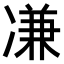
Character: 𠗳